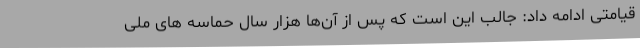
قیامتی ادامه داد: جالب این است که پس از آن‌ها هزار سال حماسه های ملی